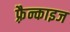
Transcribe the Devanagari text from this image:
फ़्रैन्काइज